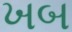
ખબ